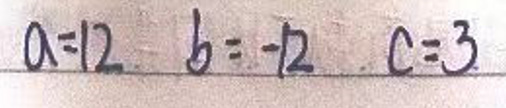
$a = 1 2 \quad b = - 1 2 \quad c = 3$